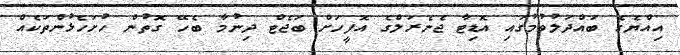
އިއްޔެގެ ބައްދަލުވުމުގައި އޮޑިޓާ ޖެނެރަލްގެ އޮފީހަށް ބަޖެޓް ދިނުމާ ބެހޭ ގޮތުން ހުށަހެޅުންތަކެއް